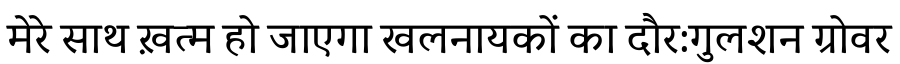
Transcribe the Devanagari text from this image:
मेरे साथ ख़त्म हो जाएगा खलनायकों का दौर:गुलशन ग्रोवर